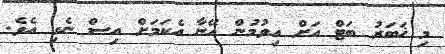
މި ޚަބަރު ބަޓް އަށް އިވުމުން އޭނާ އެކަމަށް އިސް ނެގި އެވެ.